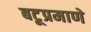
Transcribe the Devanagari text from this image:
बटूप्रमाणे